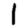
Digit: 1